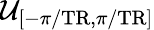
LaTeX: \mathcal{U}_{[-\pi/\mathrm{TR},\pi/\mathrm{TR}]}